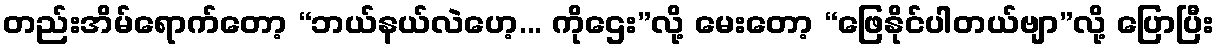
တည်းအိမ်ရောက်တော့ “ဘယ်နယ်လဲဟေ့... ကိုဌေး”လို့ မေးတော့ “ဖြေနိုင်ပါတယ်ဗျာ”လို့ ပြောပြီး